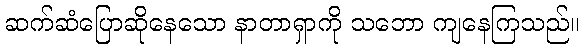
ဆက်ဆံပြောဆိုနေသော နာတာရှာကို သဘော ကျနေကြသည်။